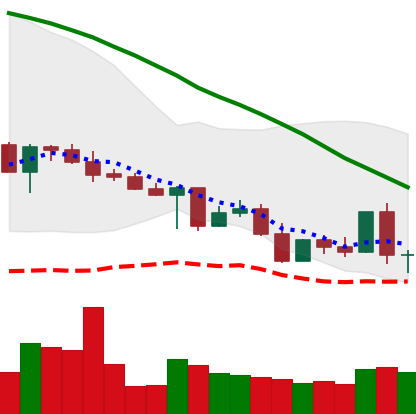
Ticker: XLM-USD
Chart end date: 2022-05-06
Forward return: -26.721%
Label: down_7plus